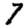
Digit: 7